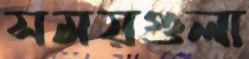
সময়গুলা